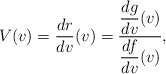
\begin{align*} V(v)=\frac{dr}{dv}(v)=\frac{\displaystyle{\frac{dg}{dv}(v)}}{\displaystyle{\frac{df}{dv}(v)}},\end{align*}